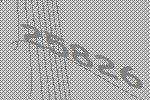
25826